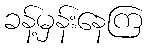
ခန့်မှန်းနေကြ